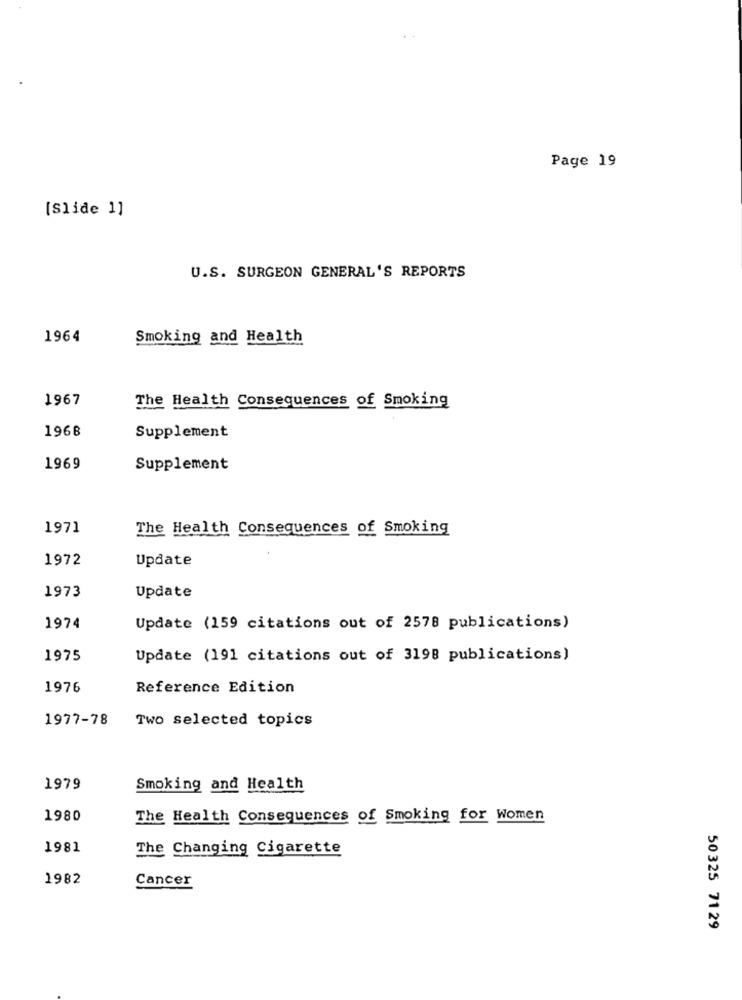
Page 19
[Slide 1]
U.S. SURGEON GENERAL'S REPORTS
1964
Smoking and Health
1967
The Health Consequences of Smoking
1968
Supplement
1969
Supplement
1971
The Health Consequences of Smoking
1972
Update
Update
1973
1974
Update (159 citations out of 2578 publications)
1975
Update (191 citations out of 3198 publications)
1976
Reference Edition
1977-78
Two selected topics
1979
Smoking and Health
1980
The Health Consequences of Smoking for Women
1981
The Changing Cigarette
1982
Cancer
50325 71 29